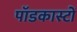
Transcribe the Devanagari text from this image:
पॉडकास्टों